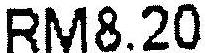
RM8.20